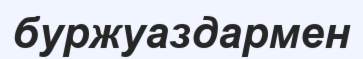
буржуаздармен